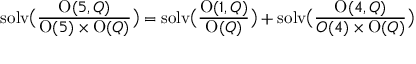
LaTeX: \mathrm { s o l v } \bigl ( { \frac { \mathrm { O } ( 5 , Q ) } { \mathrm { O } ( 5 ) \times \mathrm { O } ( Q ) } } \bigr ) = \mathrm { s o l v } \bigl ( { \frac { \mathrm { O } ( 1 , Q ) } { \mathrm { O } ( Q ) } } \bigr ) + \mathrm { s o l v } \bigl ( { \frac { \mathrm { O } ( 4 , Q ) } { O ( 4 ) \times \mathrm { O } ( Q ) } } \bigr )